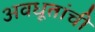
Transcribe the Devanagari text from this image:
अवधूतांची